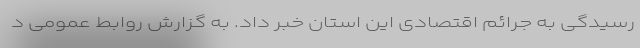
رسیدگی به جرائم اقتصادی این استان خبر داد. به گزارش روابط عمومی د